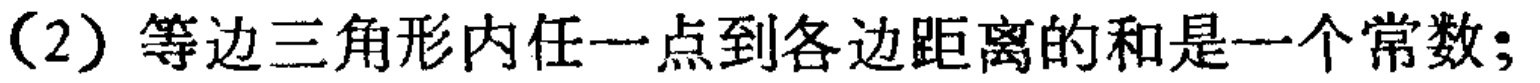
（2）等边三角形内任一点到各边距离的和是一个常数;